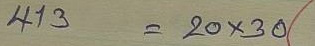
413 = 20 x 30